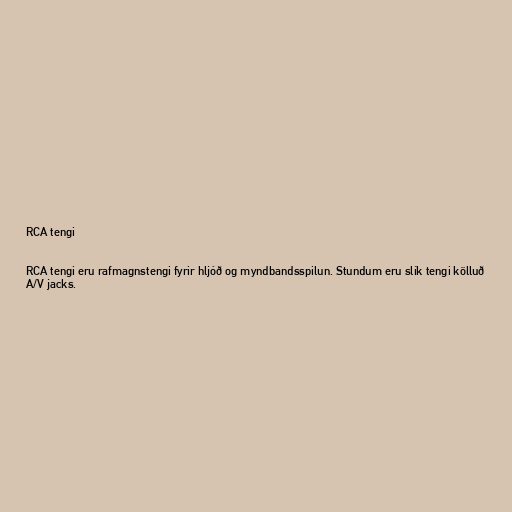
RCA tengi

RCA tengi eru rafmagnstengi fyrir hljóð og myndbandsspilun. Stundum eru slík tengi kölluð
A/V jacks.